Vaccination Hyderabad 1872-1889 - 1872-1889
Year: 1872
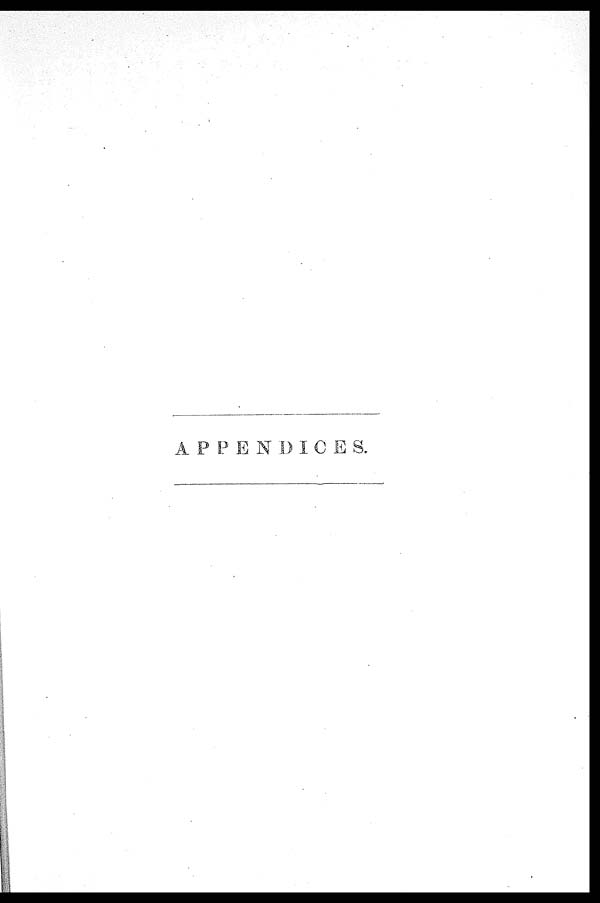
APPENDICES.